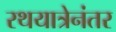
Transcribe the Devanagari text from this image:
रथयात्रेनंतर